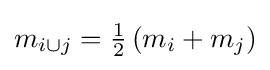
m_{i\cup j}={\tfrac {1}{2}}\left(m_{i}+m_{j}\right)